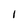
Character: l